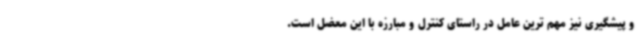
و پیشگیری نیز مهم ترین عامل در راستای کنترل و مبارزه با این معضل است.